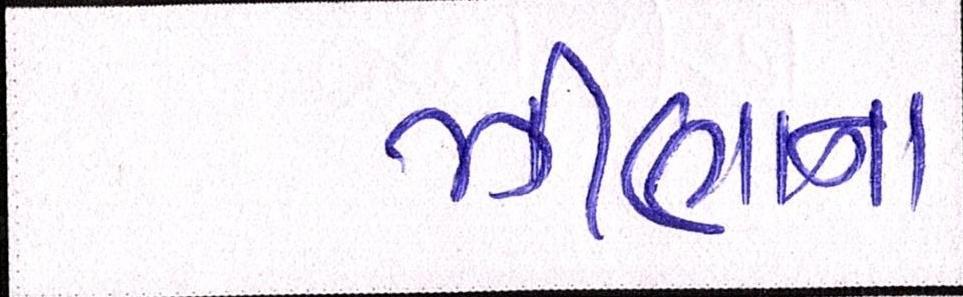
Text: ઝીણાના